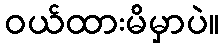
ဝယ်ထားမိမှာပဲ။